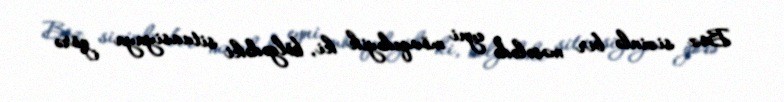
Biz sizinlə bir məsələdə eyni mövqedəyik ki, bölgədəki situasiyaya görə